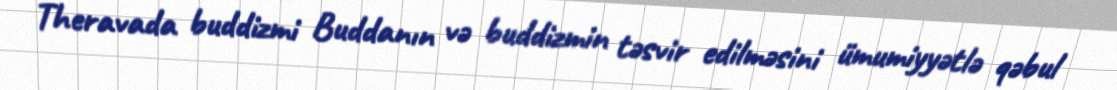
Theravada buddizmi Buddanın və buddizmin təsvir edilməsini ümumiyyətlə qəbul